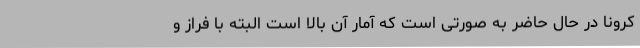
کرونا در حال حاضر به صورتی است که آمار آن بالا است البته با فراز و